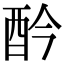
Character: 𨟹